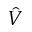
\hat { V }